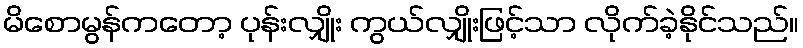
မိစောမွန်ကတော့ ပုန်းလျှိုး ကွယ်လျှိုးဖြင့်သာ လိုက်ခဲ့နိုင်သည်။